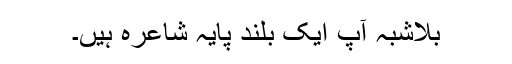
بلاشبہ آپ ایک بلند پایہ شاعرہ ہیں۔